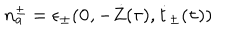
LaTeX: n _ { a } ^ { \pm } = \epsilon _ { \pm } ( { \bf 0 } , - \dot { Z } ( \tau ) , \dot { t } _ { \pm } ( \tau ) )